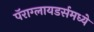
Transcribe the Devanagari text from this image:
पॅराग्लायडर्समध्ये